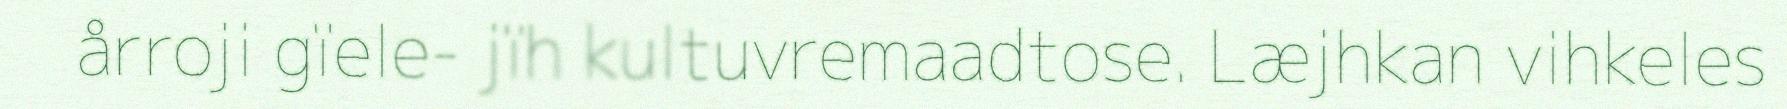
årroji gïele- jïh kultuvremaadtose. Læjhkan vihkeles